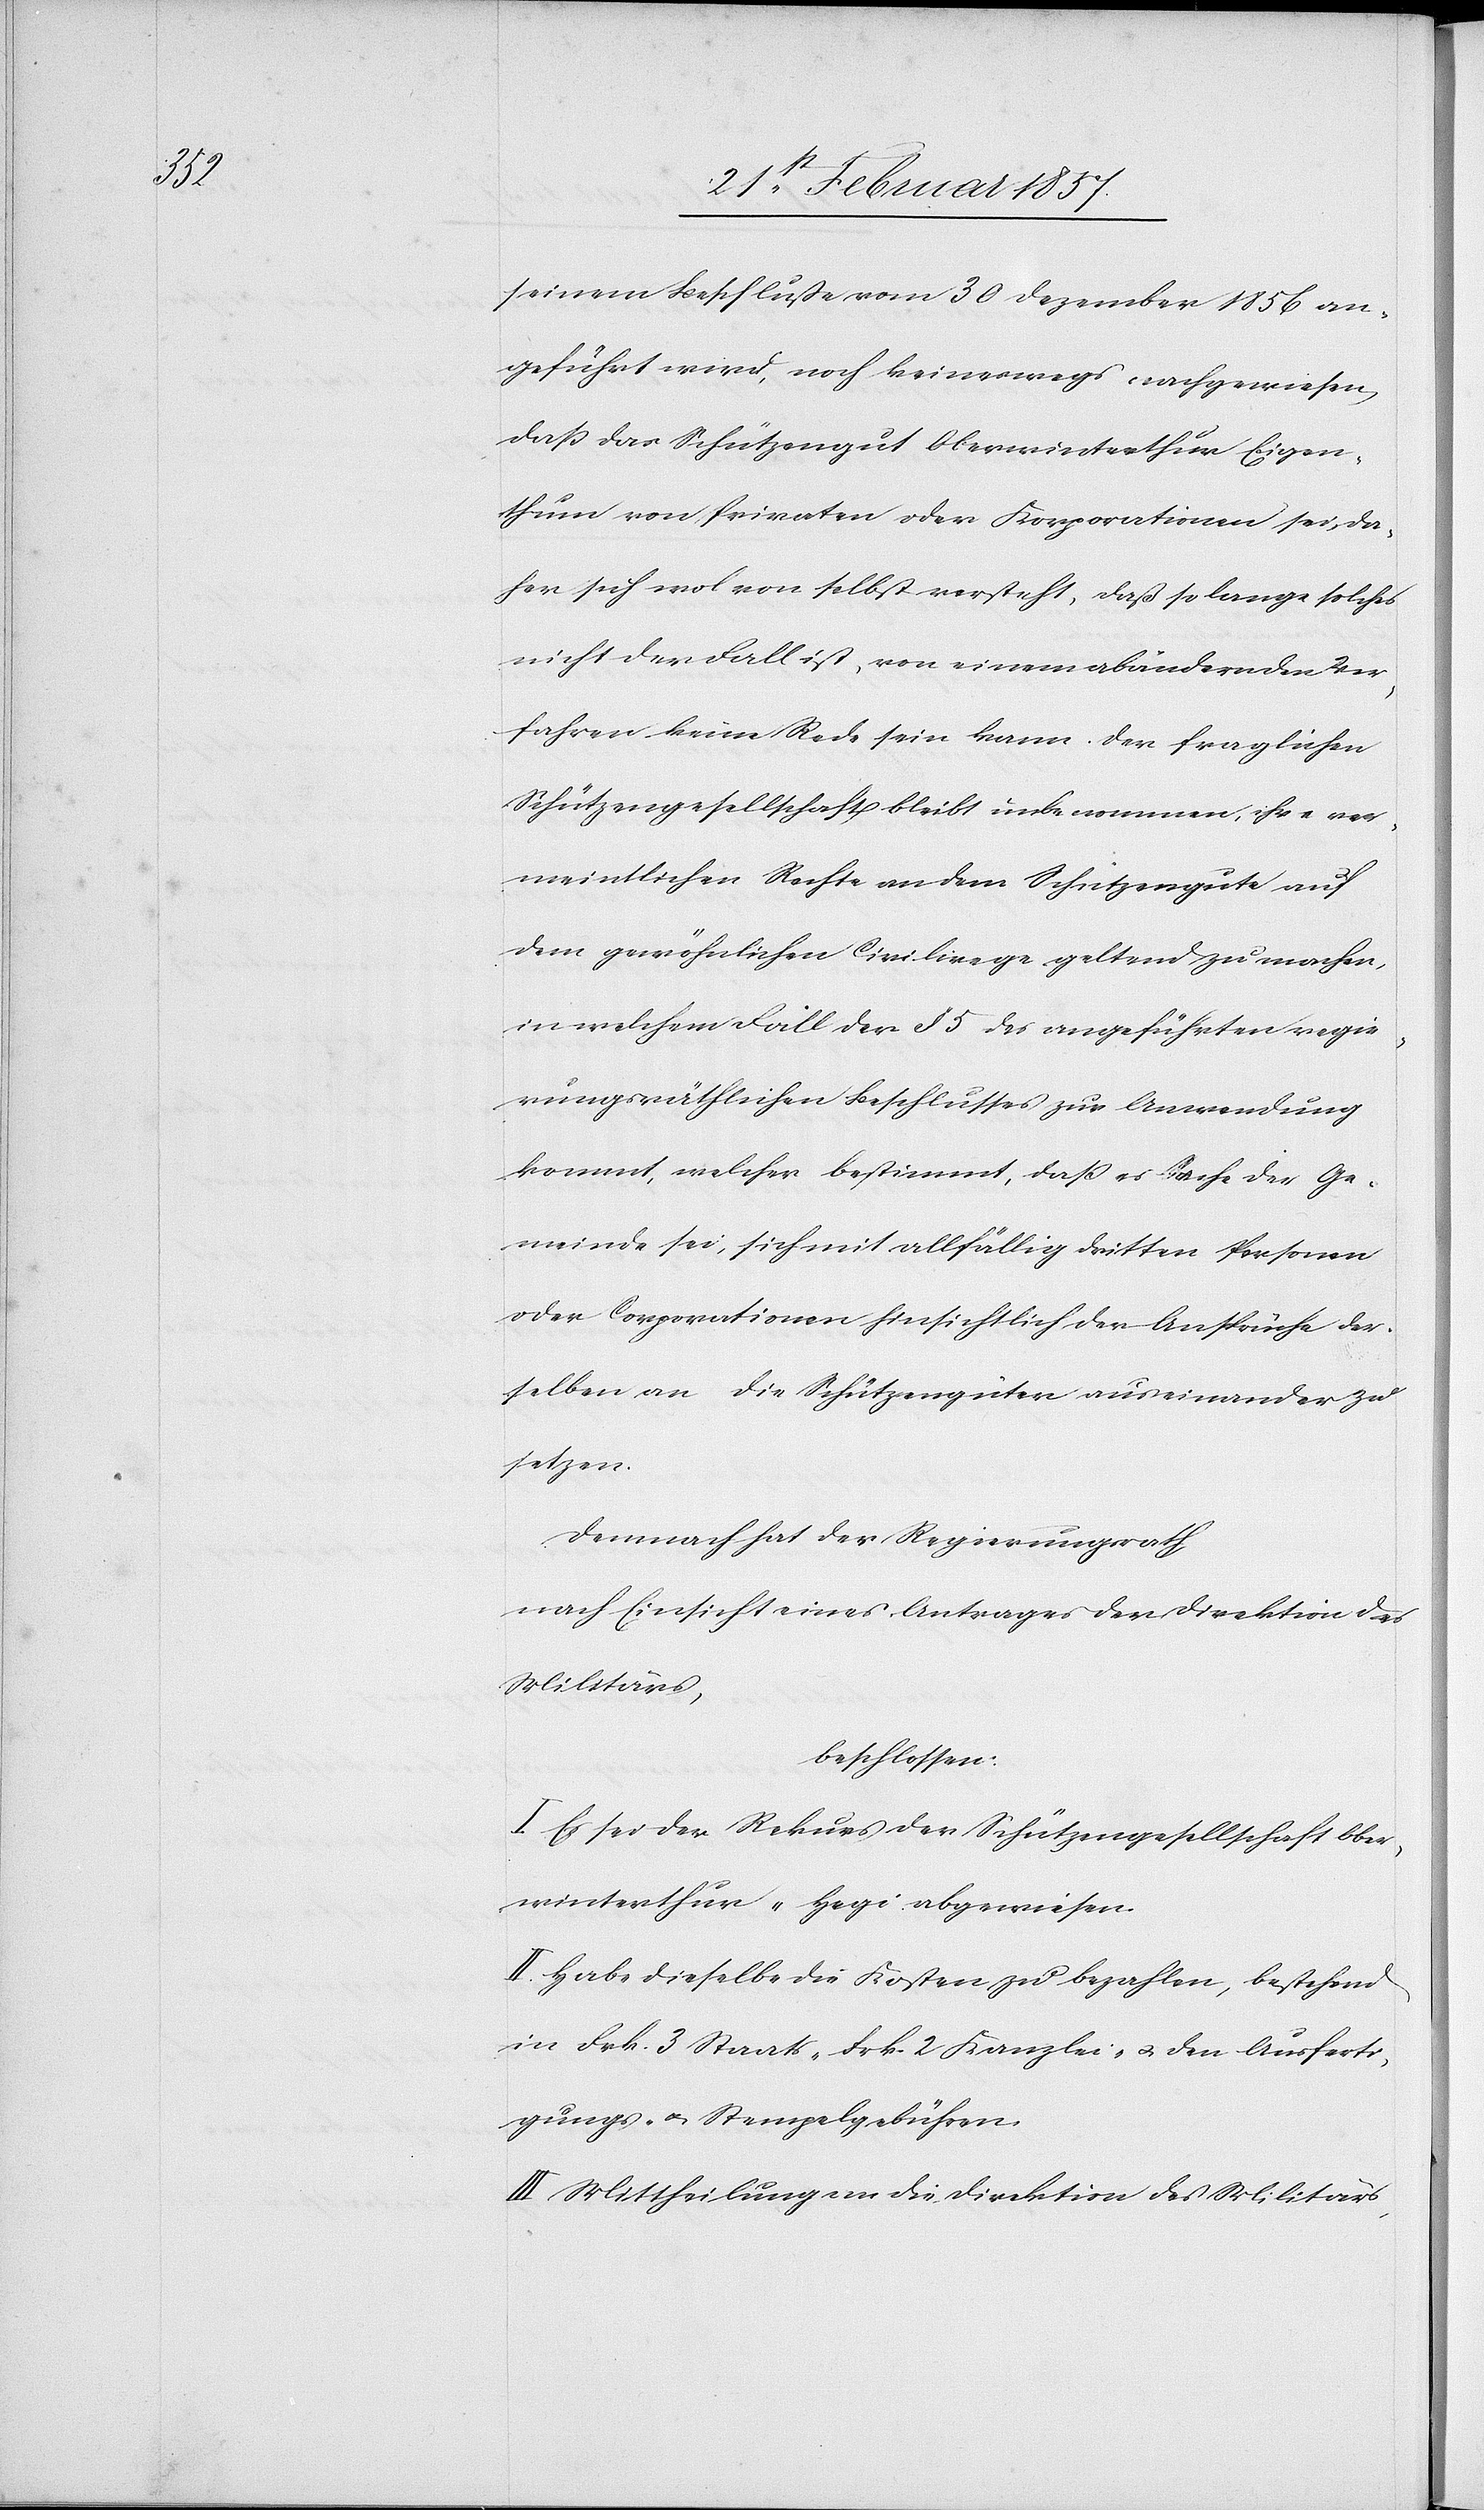
seinem Beschluße vom 30 Dezember 1856 an¬
geführt wird, noch keineswegs nachgewiesen,
daß das Schützengut Oberwinterthur Eigen¬
thum von Privaten oder Korporationen sei, da¬
her sich wol von selbst versteht, daß so lange solches
nicht der Fall ist, von einem abändernden Ver¬
fahren keine Rede sein kann. Der fraglichen
Schützengesellschaft bleibt unbenommen, ihre ver¬
meintlichen Rechte an dem Schützengute auf
dem gewöhnlichen Civilwege geltend zu machen,
in welchem Fall der § 5 des angeführten regie¬
rungsräthlichen Beschlusses zur Anwendung
kommt, welcher bestimmt, daß es Sache der Ge¬
meinde sei, sich mit allfällig dritten Personen
oder Corporationen hinsichtlich der Ansprüche der¬
selben an die Schützengüter auseinander zu
setzen.
Demnach hat der Regierungsrath
nach Einsicht eines Antrages der Direktion des
Militärs,
beschlossen:
I. Es sei der Rekurs der Schützengesellschaft Ober¬
winterthur-Hegi abgewiesen.
II. Habe dieselbe die Kosten zu bezahlen, bestehend
in Frk. 3 Staats-[,] Frk. 2 Kanzlei- u. den Ausferti¬
gungs- u. Stempelgebühren.
III Mittheilung an die Direktion des Militärs,